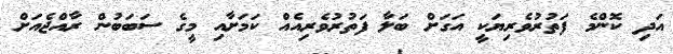
އަދި ކޮންމެ ފަތުރުވެރިޔަކީ އަގަށް ބަލާ ފަތުރުވެރިއެއް ކަމަށާއި މީގެ ސަބަބުން ރާއްޖެއަށް